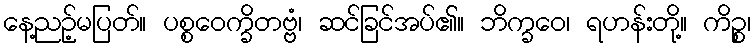
နေ့ညဉ့်မပြတ်။ ပစ္စဝေက္ခိတဗ္ဗံ၊ ဆင်ခြင်အပ်၏။ ဘိက္ခဝေ၊ ရဟန်းတို့။ ကိဉ္စ၊